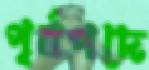
পূর্বপদে